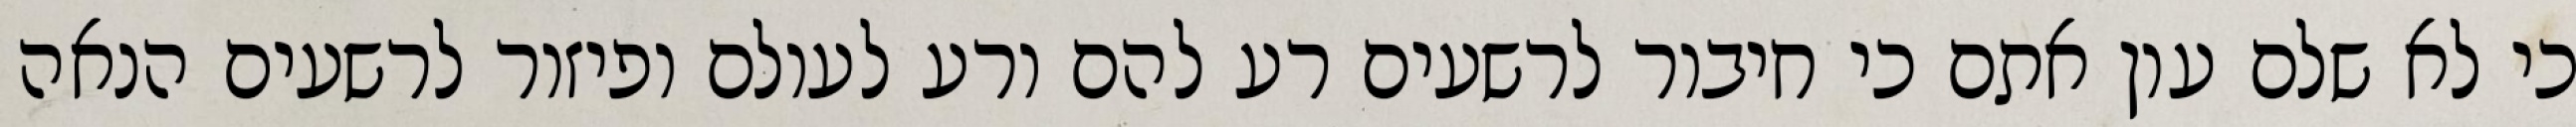
כי לא שלם עון אתם כי חיבור לרשעים רע להם ורע לעולם ופיזור לרשעים הנאה